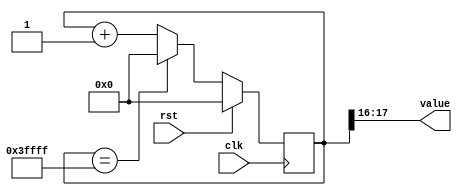
module counter_17 (
    input clk,
    input rst,
    output reg [1:0] value
  );
  
  localparam SIZE = 2'h2;
  localparam DIV = 5'h10;
  localparam TOP = 4'h3;
  localparam UP = 1'h1;
  
  
  reg [17:0] M_ctr_d, M_ctr_q = 1'h0;
  
  localparam MAX_VALUE = 20'h3ffff;
  
  always @* begin
    M_ctr_d = M_ctr_q;
    
    value = M_ctr_q[16+1-:2];
    if (1'h1) begin
      M_ctr_d = M_ctr_q + 1'h1;
      if (1'h1 && M_ctr_q == 20'h3ffff) begin
        M_ctr_d = 1'h0;
      end
    end else begin
      M_ctr_d = M_ctr_q - 1'h1;
      if (1'h1 && M_ctr_q == 1'h0) begin
        M_ctr_d = 20'h3ffff;
      end
    end
  end
  
  always @(posedge clk) begin
    if (rst == 1'b1) begin
      M_ctr_q <= 1'h0;
    end else begin
      M_ctr_q <= M_ctr_d;
    end
  end
  
endmodule